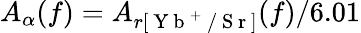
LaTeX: A_{\alpha}(f)=A_{r[\mathrm{~Y~b~}^{+}\mathrm{~/~S~r~}]}(f)/6.01